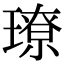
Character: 璙